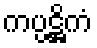
ကပ္ပဋ္ဌိကံ